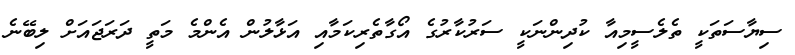
ސިޔާސަތަކީ ތެލެސީމިއާ ކުދިންނަކީ ސަރުކާރުގެ އޯގާތެރިކަމާއި އަޅާލުން އެންމެ މަތީ ދަރަޖައަށް ލިބޭނެ